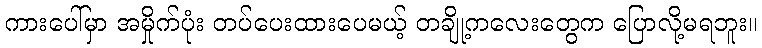
ကားပေါ်မှာ အမှိုက်ပုံး တပ်ပေးထားပေမယ့် တချို့ကလေးတွေက ပြောလို့မရဘူး။